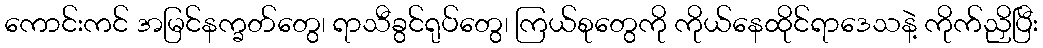
ကောင်းကင် အမြင်နက္ခတ်တွေ၊ ရာသီခွင်ရုပ်တွေ၊ ကြယ်စုတွေကို ကိုယ်နေထိုင်ရာဒေသနဲ့ ကိုက်ညှိပြီး